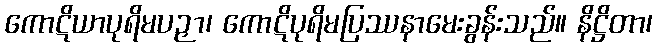
ကောဋိယာပုရိမပဉှာ၊ ကောဋိပုရိမပြဿနာမေးခွန်းသည်။ နိဋ္ဌိတာ၊